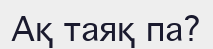
Ақ таяқ па?